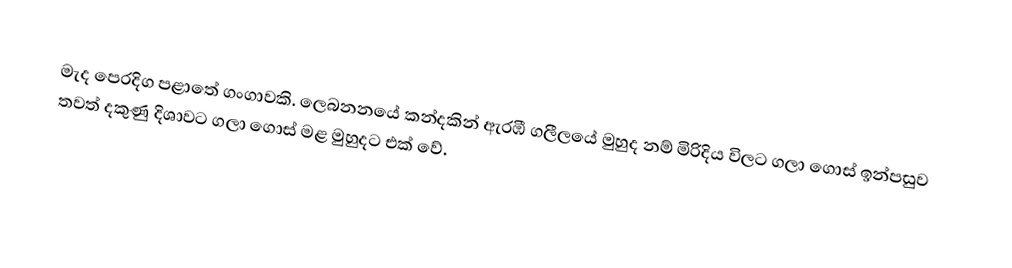
මැද පෙරදිග පළාතේ ගංගාවකි. ලෙබනනයේ කන්දකින් ඇරඹී ගලීලයේ මුහුද නම් මිරිදිය විලට ගලා ගොස් ඉන්පසුව තවත් දකුණු දිශාවට ගලා ගොස් මළ මුහුදට එක් වේ.